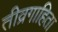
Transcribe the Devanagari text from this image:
तीव्रगाहिता